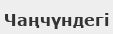
Чаңчүндегі